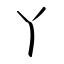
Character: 丫